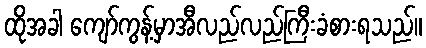
ထိုအခါ ကျော်ကွန့်မှာအီလည်လည်ကြီးခံစားရသည်။